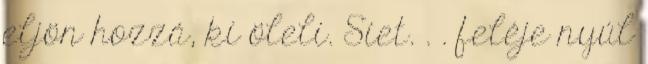
eljön hozzá, ki öleli. Siet. . . feléje nyúl